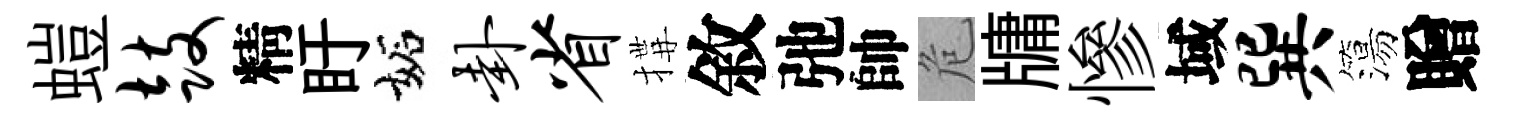
螘鼓精盱妬卦省搆敘弛帥危牗慘域巽簜贈